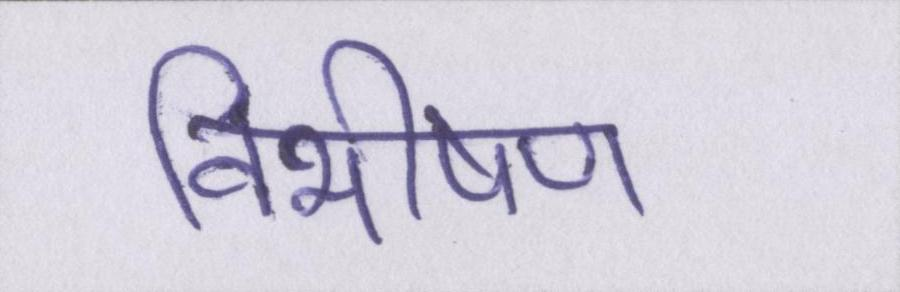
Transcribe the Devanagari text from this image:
विभीषण